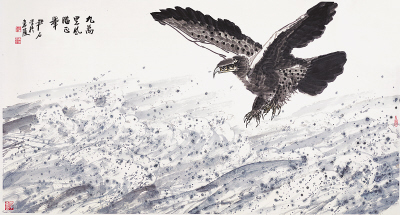
九万里风鹏正举。